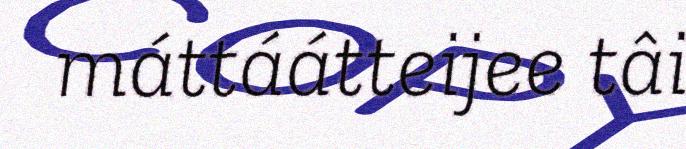
máttáátteijee tâi